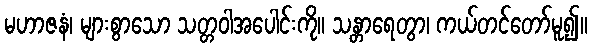
မဟာဇနံ၊ များစွာသော သတ္တဝါအပေါင်းကို။ သန္တာရေတွာ၊ ကယ်တင်တော်မူ၍။